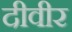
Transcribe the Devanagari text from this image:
दीवीर